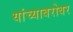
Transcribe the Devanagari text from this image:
यांच्‍याबरोबर